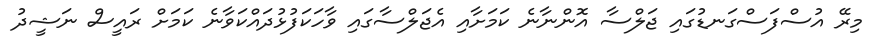
މިރޭ އުސްފަސްގަނޑުގައި ޖަލްސާ އޮންނާނެ ކަމަށާއި އެޖަލްސާގައި ވާހަކަފުޅުދައްކަވާނެ ކަމަށް ރައީސް ނަޝީދު